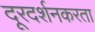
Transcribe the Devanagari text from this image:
दूरदर्शनकरता